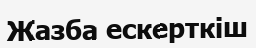
Жазба ескерткіш